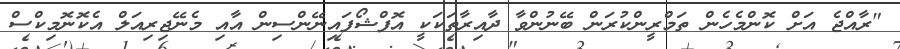
"ރާއްޖެ އަށް ކޮންމެހެން ތަމްރީންކުރަން ބޭނުންވާ ދާއިރާތަކަކީ އޮފްޝޯފައިނޭންސިން އާއި މެނޭޖިރިއަލް އެކޮނޮމިކްސް